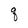
Character: q